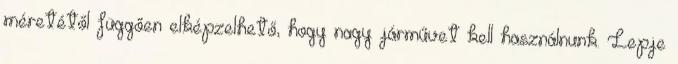
méretétől függően elképzelhető, hogy nagy járművet kell használnunk. Lepje